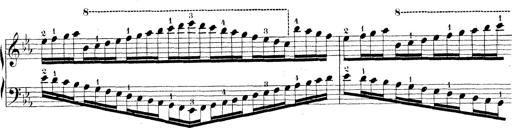
Title: Technische Studien
Composer: Franz Liszt